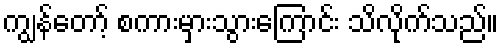
ကျွန်တော့် စကားမှားသွားကြောင်း သိလိုက်သည်။